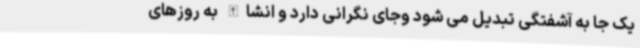
یک جا به آشفتگی تبدیل می شود وجای نگرانی دارد و انشاالله به روزهای